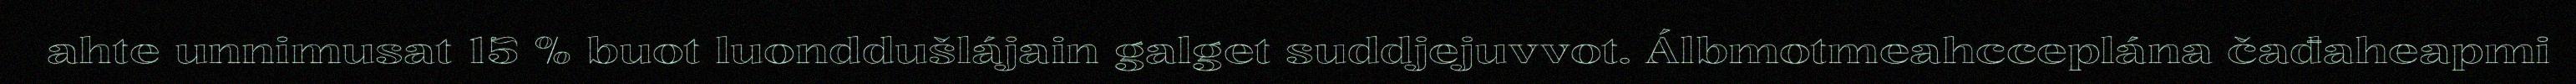
ahte unnimusat 15 % buot luonddušlájain galget suddjejuvvot. Álbmotmeahcceplána čađaheapmi